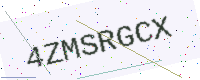
Text: 4ZMSRGCX